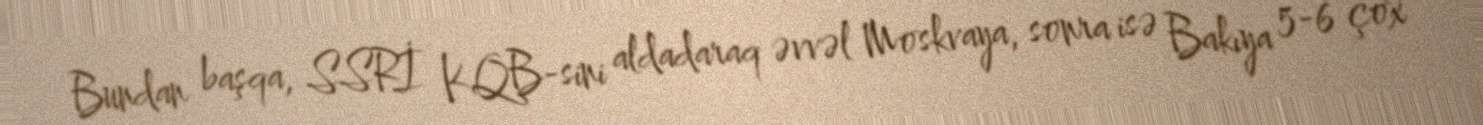
Bundan başqa, SSRİ KQB-sini aldadaraq əvvəl Moskvaya, sonra isə Bakıya 5-6 çox